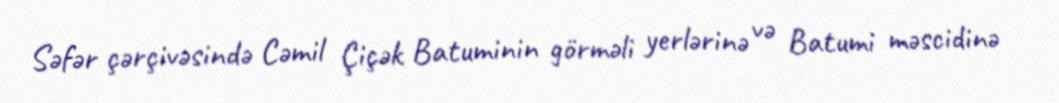
Səfər çərçivəsində Cəmil Çiçək Batuminin görməli yerlərinə və Batumi məscidinə